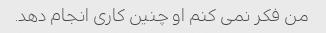
من فکر نمی کنم او چنین کاری انجام دهد.